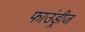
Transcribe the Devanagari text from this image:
फाउंड्रीज